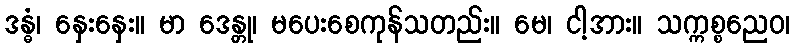
ဒန္ဓံ၊ နှေးနှေး။ မာ ဒေန္တု၊ မပေးစေကုန်သတည်း။ မေ၊ ငါ့အား။ သက္ကစ္စညေဝ၊